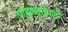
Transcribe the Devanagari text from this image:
ग्रामकडाईपानी